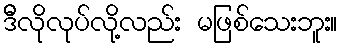
ဒီိလိုလုပ်လို့လည်း မဖြစ်သေးဘူး။